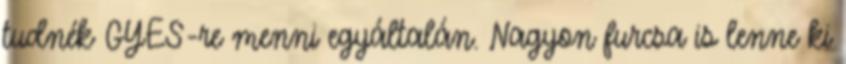
tudnék GYES-re menni egyáltalán. Nagyon furcsa is lenne ki